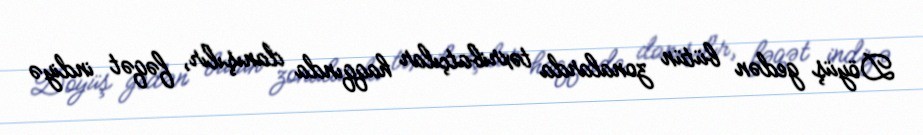
Döyüş gedən bütün zonalarda təxribatçılar haqqında danışılır, fəqət indiyə